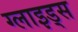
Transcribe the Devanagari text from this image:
ग्लाइड्स